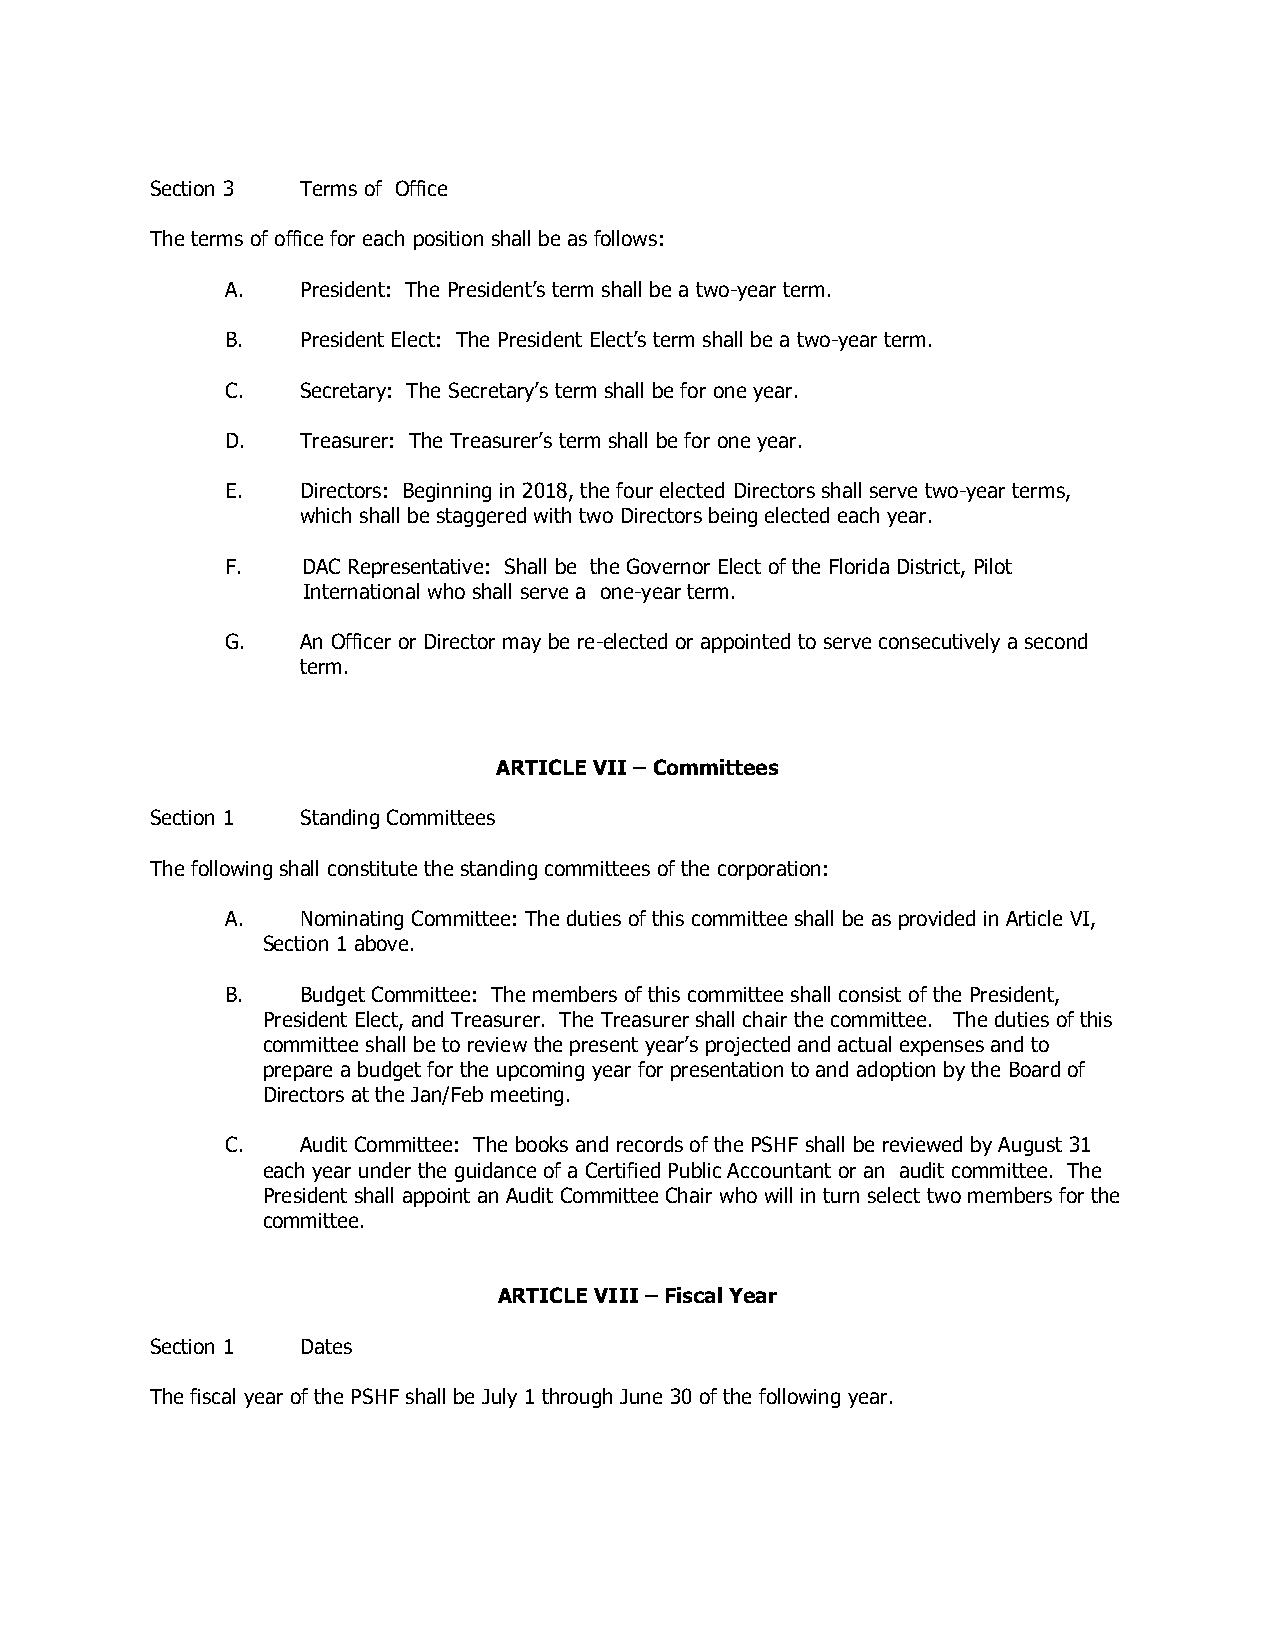
Section 3 Terms of Office
 The terms of office for each position shall be as follows:
 A.   President: The President’s term shall be a two-year term.
 B.   President Elect: The President Elect’s term shall be a two-year term.
 C.   Secretary: The Secretary’s term shall be for one year.
 D.   Treasurer: The Treasurer’s term shall be for one year.
 E.   Directors: Beginning in 2018, the four elected Directors shall serve two-year terms,
 which shall be staggered with two Directors being elected each year.
 F.   DAC Representative: Shall be the Governor Elect of the Florida District, Pilot
 International who shall serve a one-year term.
 G.   An Officer or Director may be re-elected or appointed to serve consecutively a second
 term.
 ARTICLE VII – Committees
 Section 1 Standing Committees
 The following shall constitute the standing committees of the corporation:
 A.   Nominating Committee: The duties of this committee shall be as provided in Article VI,
 Section 1 above.
 B.   Budget Committee: The members of this committee shall consist of the President,
 President Elect, and Treasurer. The Treasurer shall chair the committee. The duties of this
 committee shall be to review the present year’s projected and actual expenses and to
 prepare a budget for the upcoming year for presentation to and adoption by the Board of
 Directors at the Jan/Feb meeting.
 C.   Audit Committee: The books and records of the PSHF shall be reviewed by August 31
 each year under the guidance of a Certified Public Accountant or an audit committee. The
 President shall appoint an Audit Committee Chair who will in turn select two members for the
 committee.
 ARTICLE VIII – Fiscal Year
 Section 1 Dates
 The fiscal year of the PSHF shall be July 1 through June 30 of the following year.